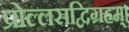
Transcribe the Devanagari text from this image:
प्रोल्लसद्विग्रहम्।